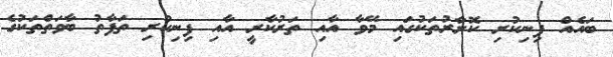
ބައެއް ފިނިކުރި ކޮށާރުތަކުގައި މޭވާ އާއި ތަރުކާރީ އާއި ފިނިކުރި ތަފާތު ބާވަތްްތަކުގެ